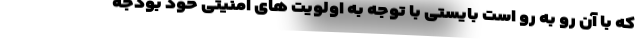
که با آن رو به رو است بایستی با توجه به اولویت های امنیتی خود بودجه